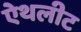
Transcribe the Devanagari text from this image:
ऐथलीट